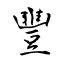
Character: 豐